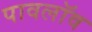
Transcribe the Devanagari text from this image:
पावलॉव